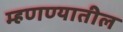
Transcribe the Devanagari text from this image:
म्हणण्यातील